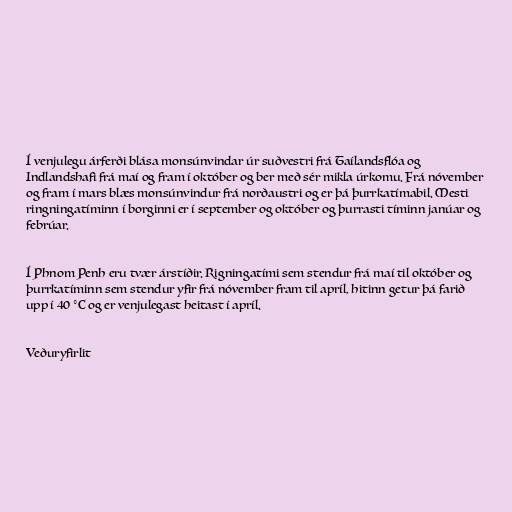
Í venjulegu árferði blása monsúnvindar úr suðvestri frá Taílandsflóa og
Indlandshafi frá maí og fram í október og ber með sér mikla úrkomu. Frá nóvember
og fram í mars blæs monsúnvindur frá norðaustri og er þá þurrkatímabil. Mesti
ringningatíminn í borginni er í september og október og þurrasti tíminn janúar og
febrúar.

Í Phnom Penh eru tvær árstíðir. Rigningatími sem stendur frá maí til október og
þurrkatíminn sem stendur yfir frá nóvember fram til apríl, hitinn getur þá farið
upp í 40 °C og er venjulegast heitast í apríl.

Veðuryfirlit